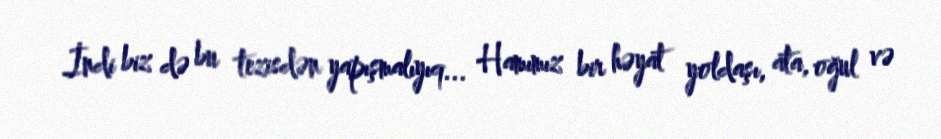
İndi biz də bu tezisdən yapışmalıyıq... Hamımız bir həyat yoldaşı, ata, oğul və